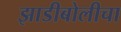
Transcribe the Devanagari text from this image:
झाडीबोलीचा